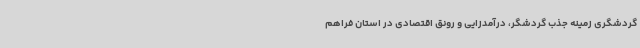
گردشگری زمینه جذب گردشگر، درآمدزایی و رونق اقتصادی در استان فراهم